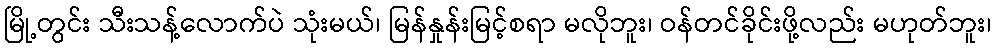
မြို့တွင်း သီးသန့်လောက်ပဲ သုံးမယ်၊ မြန်နှုန်းမြင့်စရာ မလိုဘူး၊ ဝန်တင်ခိုင်းဖို့လည်း မဟုတ်ဘူး၊